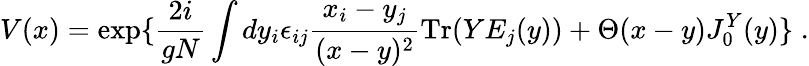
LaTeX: V(x)=\exp\{ {\frac{2i}{gN}}\int dy_{i}\epsilon_{ij}{\frac{x_{i}-y_{j}}{(x-y)^{2}}}\mathrm{Tr}(YE_{j}(y))+\Theta(x-y)J_{0}^{Y}(y)\} \; .